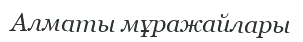
Алматы мұражайлары